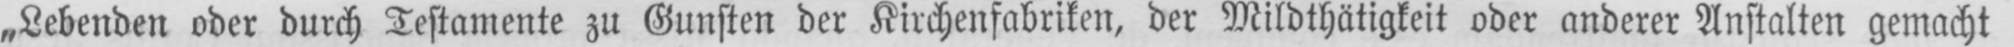
„Lebenden oder durch Testamente zu Gunsten der Kirchenfabriken, der Mildthätigkeit oder anderer Anstalten gemacht